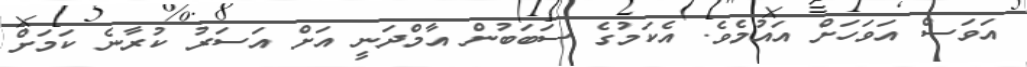
އަވަސް އަވަހަށް އައުމެވެ. އެކަމުގެ ސަބަބުން އާމްދަނީ އަށް އަސަރު ކުރާނެ ކަމަށް